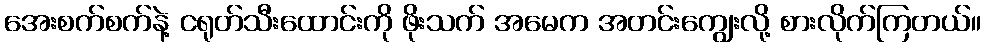
အေးစက်စက်နဲ့ ငရုတ်သီးထောင်းကို ဖိုးသက် အမေက အတင်းကျွေးလို့ စားလိုက်ကြတယ်။